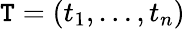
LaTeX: \mathtt{T}=(t_{1},\ldots,t_{n})\,